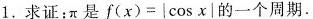
1.求证：π是 $$f ( x ) = \left | \cos x \right | $$的一个周期.